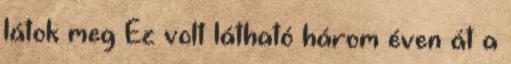
látok meg Ez volt látható három éven át a